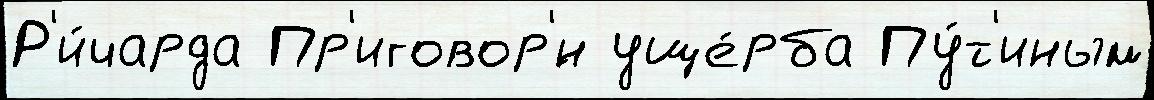
Р'и́чарда Пр'иговор'́н уще́рба Пу́т'иным